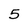
Character: 5